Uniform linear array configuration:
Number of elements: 64
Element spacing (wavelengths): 1
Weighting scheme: hann
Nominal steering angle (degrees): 15
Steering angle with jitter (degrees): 15.992
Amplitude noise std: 0.05
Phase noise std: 0.05

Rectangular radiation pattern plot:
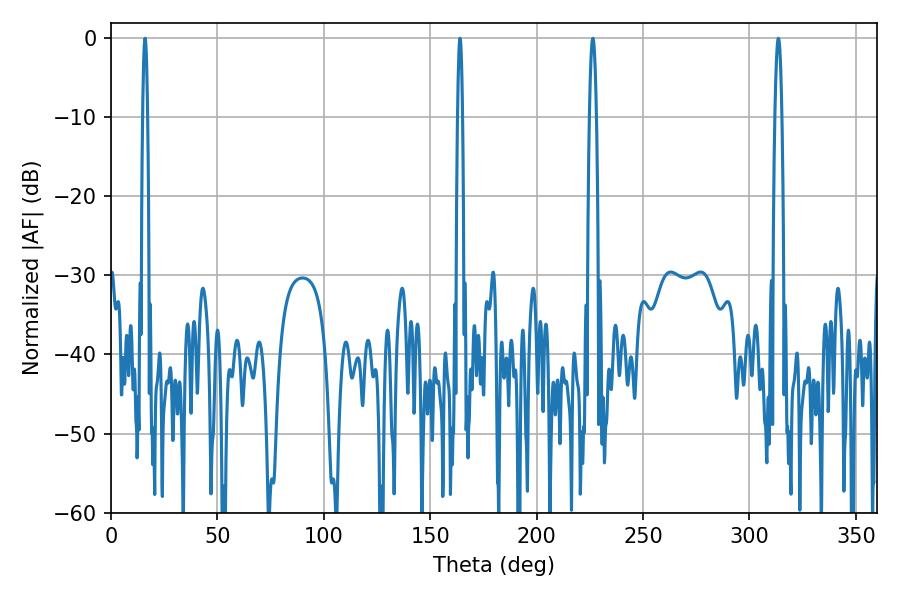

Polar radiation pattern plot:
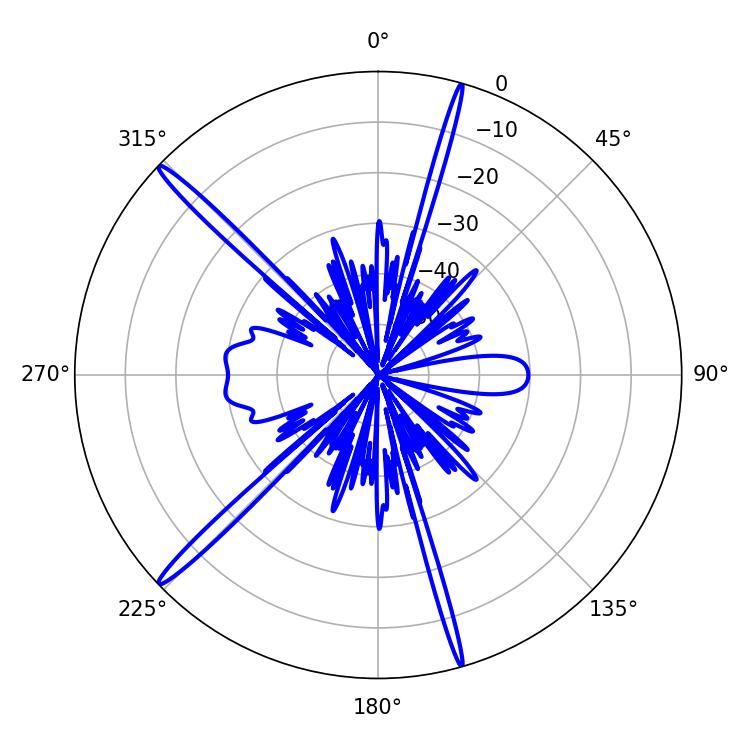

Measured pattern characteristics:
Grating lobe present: TRUE
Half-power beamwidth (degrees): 1.08
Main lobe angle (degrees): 16.02